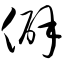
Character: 僻